system: You are a helpful assistant.
user:
Analyze the provided spectrum to determine if it is a **"Cataclysmic Variables (CV)"**.

- **Key Indicators for CV (Check for either state):**
    - **State 1: Quiescent / Low-State (Emission-Dominated)**
        - **(Primary):** Strong and *very broad* Hydrogen Balmer emission lines (e.g., $H\alpha$ at 6563 Å, $H\beta$ at 4861 Å). The 'broadness' (high velocity dispersion, often FWHM > 1000 km/s) is the key diagnostic, indicating a high-velocity accretion disk.
        - **(Secondary):** Broad neutral Helium (He I) emission lines (e.g., 5876 Å, 6678 Å).
        - **(Key Confirmation):** Presence of high-excitation *ionized* Helium (He II) emission at 4686 Å. This is a strong indicator of accretion onto a white dwarf.
        - **(Line Profile):** Emission lines may exhibit a 'double-peaked' profile, which is a classic signature of a rotating accretion disk viewed at high inclination.

    - **State 2: Outburst / High-State (Absorption-Dominated)**
        - **(Primary):** Spectrum is dominated by a bright, blue continuum (looks like a hot star).
        - **(Secondary):** The emission lines from State 1 are weak, absent, or 'filled in', and are replaced by broad, shallow *absorption* lines (primarily Balmer and He I).
        - **(Morphology):** The overall spectrum mimics a hot B/A-type star. The crucial difference is that the absorption lines are significantly broader, shallower, and more 'washed-out' (or 'smeared') than the sharp lines of a normal stellar photosphere, due to high rotational speeds and pressure broadening in the disk.

Think first, call **spectral_visualization_tool** if needed to examine features in detail, then provide your final answer. Your response must adhere to the following strict rules:
1.  **Overall Structure:** Your response must follow the format `<think>...</think> <tool_call>...</tool_call> (if a tool is used) <answer>...</answer>`.
2.  **Tool Usage Constraint:** You may only make **one** tool call per turn.
3.  **Final Answer Format:** In the `<answer>` tag, your conclusion must be inside a `\boxed{}` command (e.g., `\boxed{YES}`), followed by your justification.

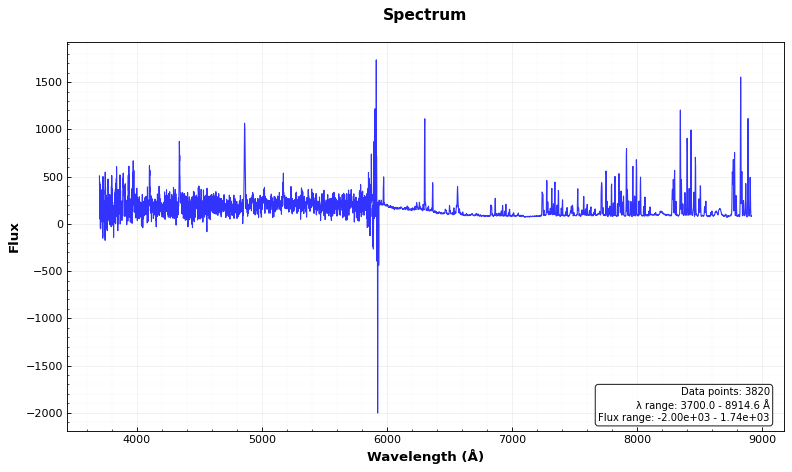
Answer: YES